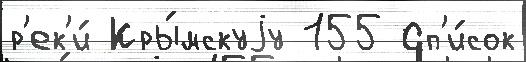
р'ек'и́ Кры́мскуjу 155 Сп'и́сок